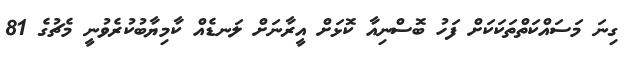
ގިނަ މަސައްކަތްތަކަކަށް ފަހު ބޮސްނިއާ ކޮޅަށް އީރާނަށް ލަނޑެއް ކާމިޔާބުކުރެވުނީ މެޗުގެ 81